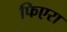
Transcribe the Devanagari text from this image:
फिएरा